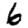
Digit: 6